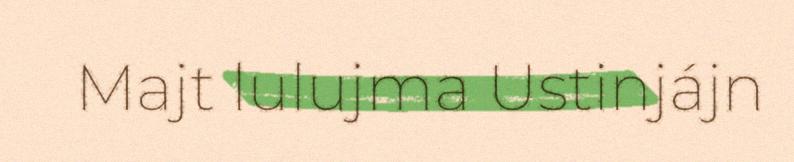
Majt lulujma Ustinjájn